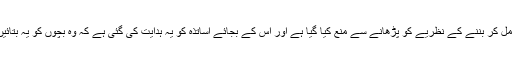
اسلام آباد سے شائع شدہ کیمیا پڑھانے کی گائیڈ میں پانی کے ہائیڈروجن اور آکسیجن سے مل کر بننے کے نظریے کو پڑھانے سے منع کیا گیا ہے اور اس کے بجائے اساتذہ کو یہ ہدایت کی گئی ہے کہ وہ بچوں کو یہ بتائیں کہ آکسیجن اور ہائیڈرجن ملتے ہیں اور پھر اللہ کے امر سے پانی میں تبدیل ہوجاتے ہیں۔